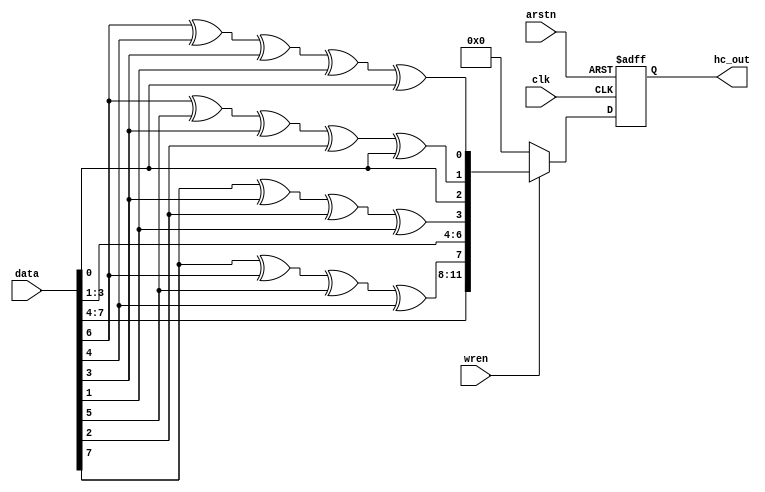
module hamming_encoder (
    input  wire        clk, 
    input  wire        arstn,
    input  wire        wren,
    input  wire [7:0]  data,
    output reg  [11:0] hc_out
);

    wire p0;
    wire p1; 
    wire p2; 
    wire p3;

    assign p0 = data[6] ^ data[4] ^ data[3] ^ data[1] ^ data[0];
    assign p1 = data[6] ^ data[5] ^ data[3] ^ data[2] ^ data[0];
    assign p2 = data[7] ^ data[3] ^ data[2] ^ data[1];
    assign p3 = data[7] ^ data[6] ^ data[5] ^ data[4];
   
    always @ (posedge clk or negedge arstn) begin
        if (~arstn) begin
            hc_out <= 0;
        end
        else if (wren) begin	                
            hc_out <= {data[7:4], p3, data[3:1], p2, data[0], p1, p0};
        end
        else begin
            hc_out <= 0;
        end
    end

endmodule